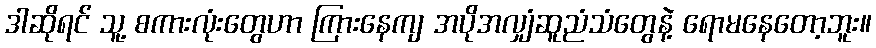
ဒါဆိုရင် သူ့ စကားလုံးတွေဟာ ကြားနေကျ အပိုအလျှံဆူညံသံတွေနဲ့ ရောမနေတော့ဘူး။